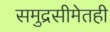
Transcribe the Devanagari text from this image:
समुद्रसीमेतही